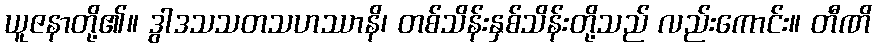
ယူဇနာတို့၏။ ဒွါဒသသတသဟဿာနိ၊ တစ်သိန်းနှစ်သိန်းတို့သည် လည်းကောင်း။ တီဏိ